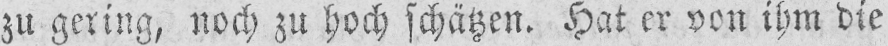
zu gering, noch zu hoch schätzen. Hat er von ihm die